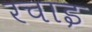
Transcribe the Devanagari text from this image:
रचाइ